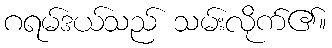
ဂရမ်ဒယ်သည် သမ်းလိုက်၏။